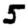
Digit: 5